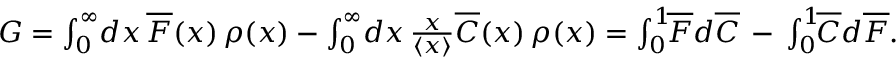
\begin{array} { r } { G = \int _ { 0 } ^ { \infty } \! d x \, \overline { { F } } ( x ) \, \rho ( x ) - \int _ { 0 } ^ { \infty } \! d x \, \frac { x } { \left\langle { x } \right\rangle } \overline { { C } } ( x ) \, \rho ( x ) = \int _ { 0 } ^ { 1 } \! \! \overline { { F } } d \overline { { C } } \, - \, \int _ { 0 } ^ { 1 } \! \! \overline { { C } } d \overline { { F } } . } \end{array}